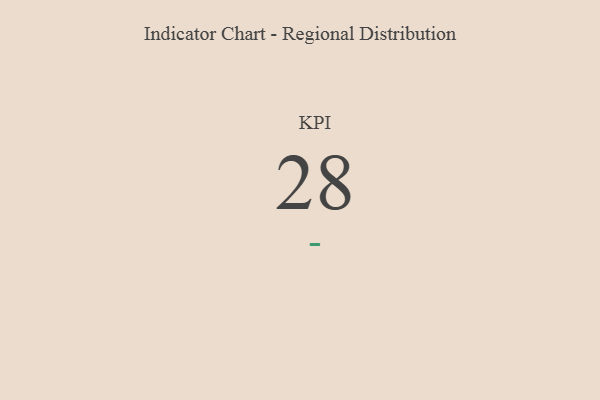
{"axis": {"x": "KPI", "y": "Value"}, "legend": [""], "data": [{"x": "KPI", "y": 28, "type": ""}]}